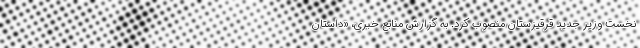
نخست وزیر جدید قرقیزستان منصوب کرد. به گزارش منابع خبری، «داستان